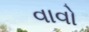
વાવો